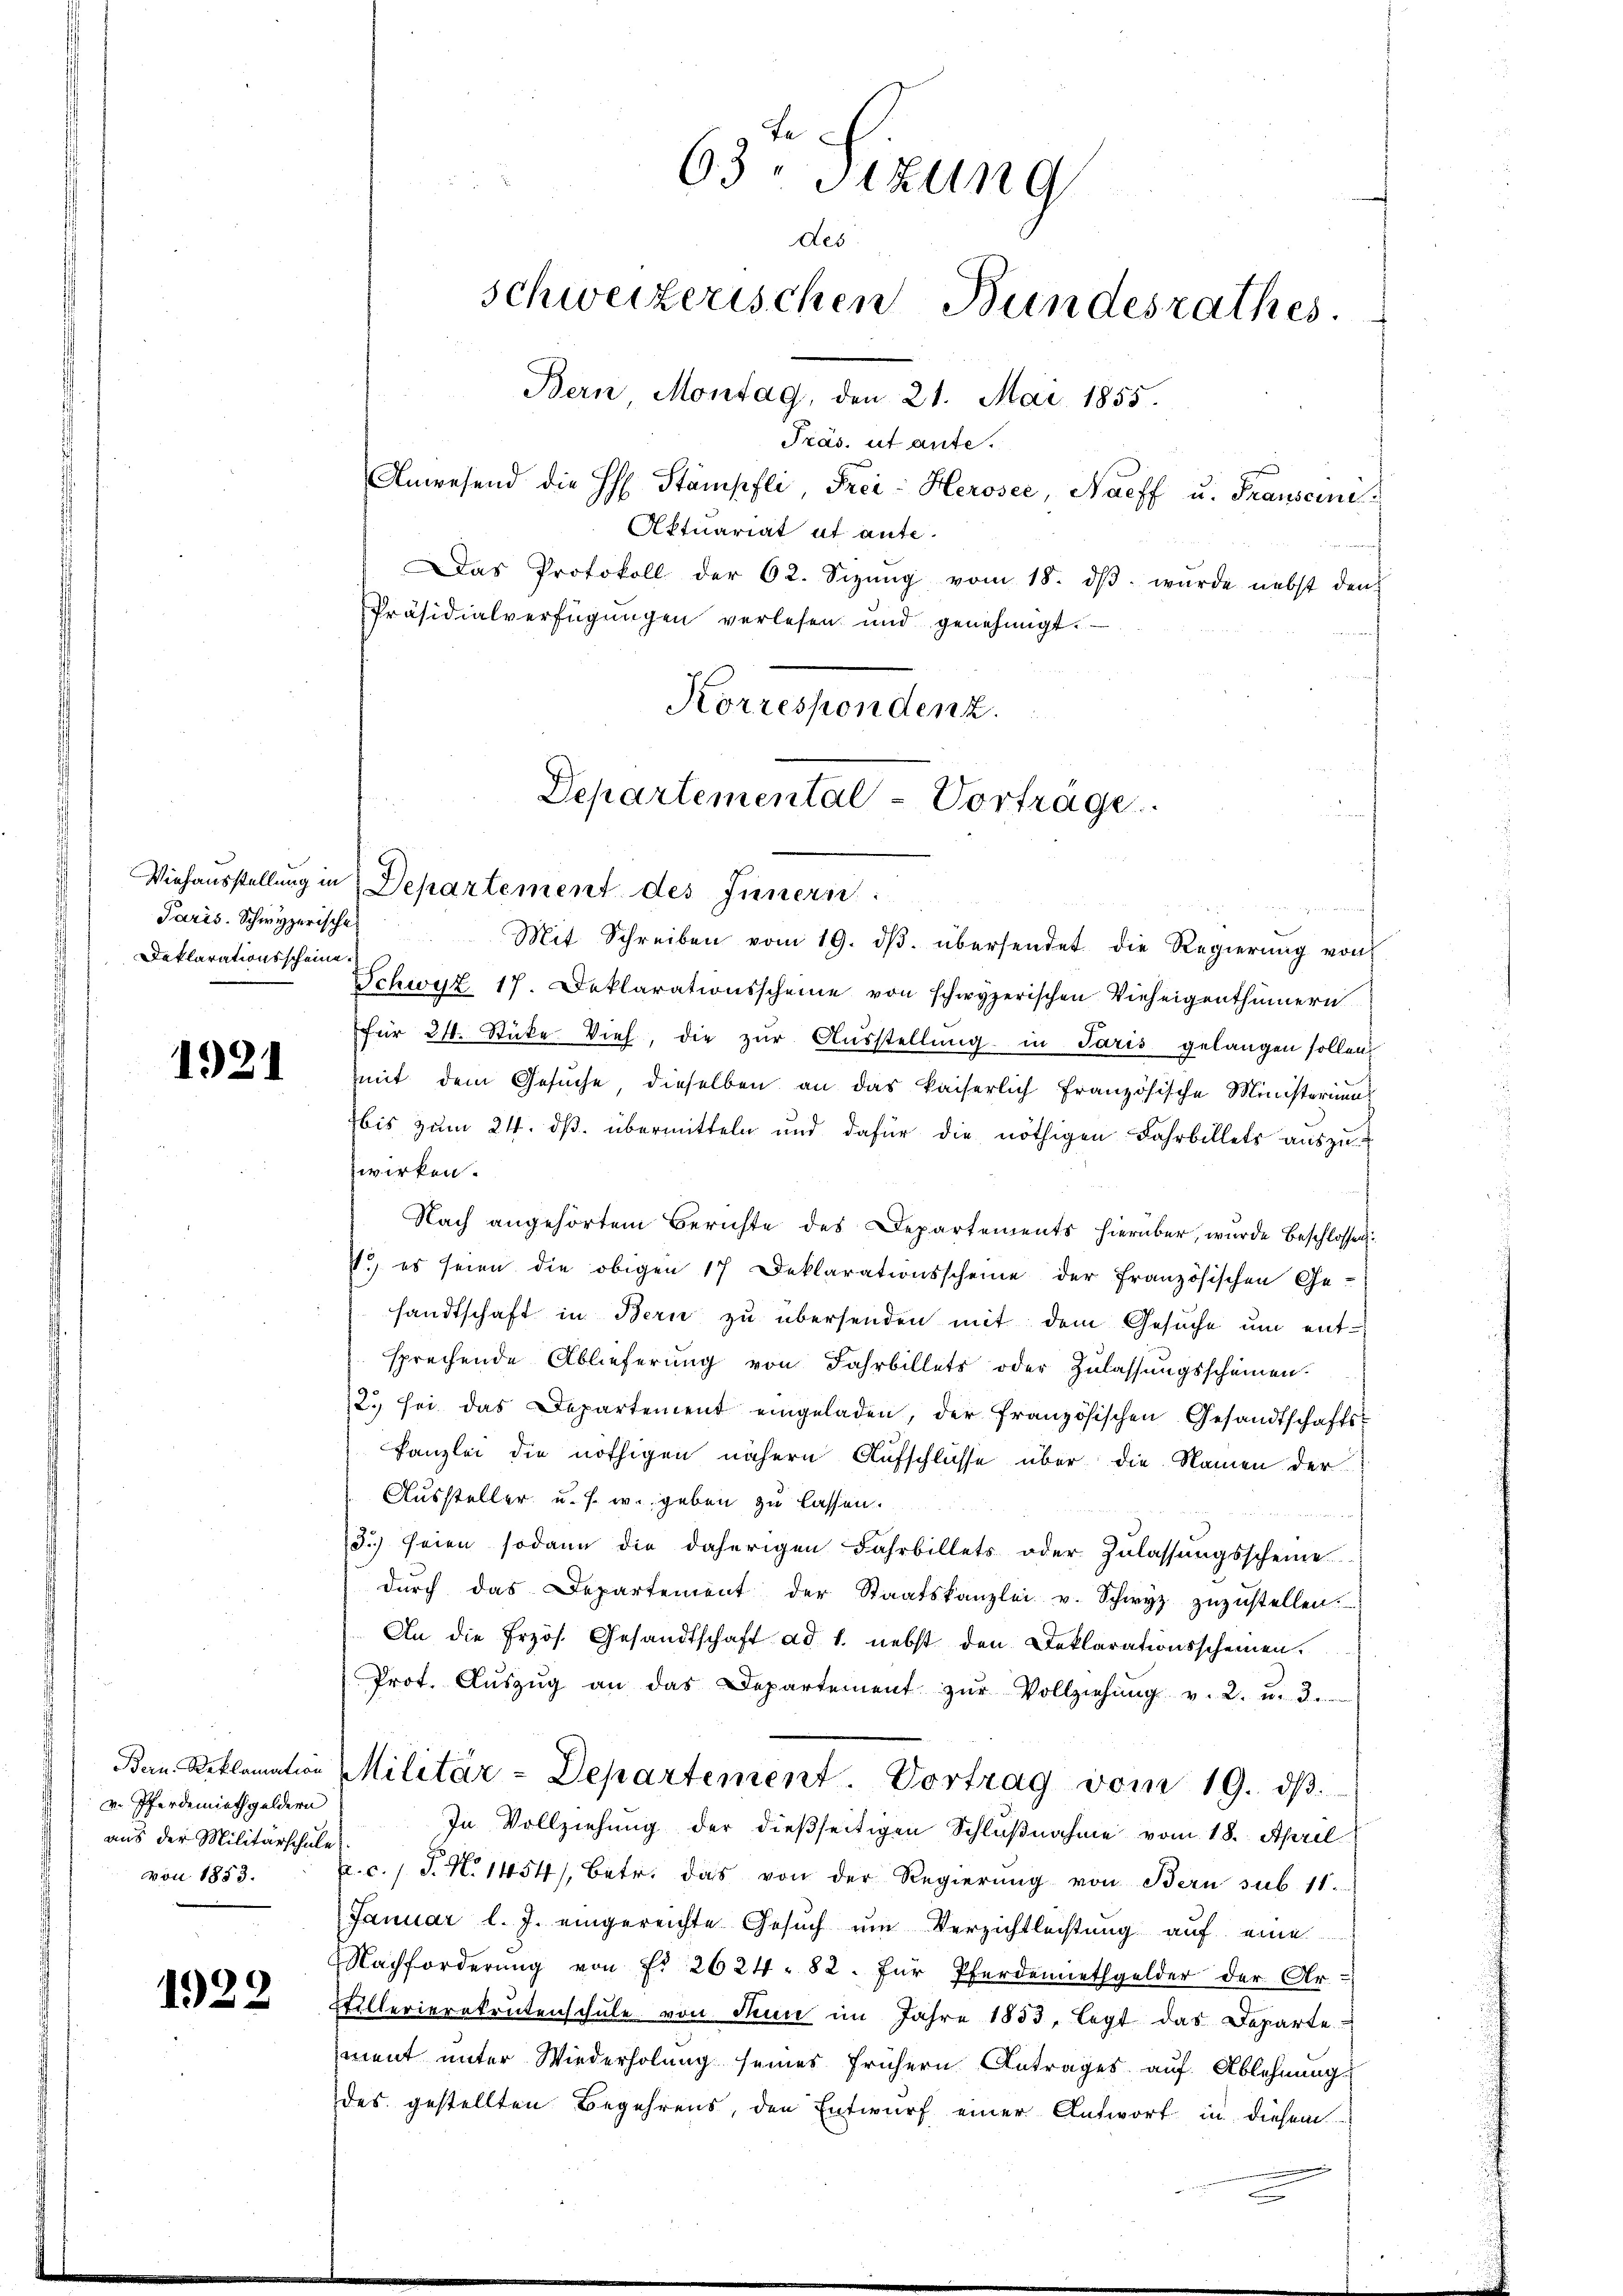
Paris. Schwyzerische
Deklarationsscheine

1921

v. Pferdemieth geldern
aus der Militärschule

1922

63. Sitzung
Des
schweizerischen Bundesrathes.
Bern Montag, den 21. Mai 1855.
Präs. ut aute.
Anwesend die H. Stämpfli, Frei-Herosee, Naeff u. Frauseine
Aktuariat et ante-
Das Protokoll der 62. Sizŭng vom 18. dβ. wurde nebst den
Präsidialverfügungen verlesen und genehmigt.

Departemental-Vorträge
Viehausstellung in Departement des Innern.

Mit Schreiben vom 19. dβ übersendet die Regierŭng von
Schwyz 17. Deklarationsscheine von schwyzerischen Vieheigenthümern
für 21. Stüke Vieh, die zŭr Aŭsstellung in Paris gelangen sollen
mit dem Gesuche, dieselben an das kaiserlich französische Ministerium
bis zum 24. ds. übermitteln und dafür die nöthigen Fahrbillets aŭszŭ-
zwirken.
Nach angehörtem Berichte des Departements hierüber, wurde Beschlossen:
1.) es seien die obigen 17 Deklarationsscheine der Französischen Ge-
sandtschaft in Bern zu übersenden mit dem Gesuche um entsprechende Ablieferung von Jahrbillets oder Zulassungsscheinen.
2. sei das Departement eingeladen, der französischen Gesandtschafts-
Kanzlei die nöthigen nähern Aufschlüsse über die Namen der
Aussteller u. s. w. geben zu lassen.
3) seien sodann die daherigen Fahrbillets oder Zulassungsscheine
dŭrch das Departement der Staatskanzlei u. Schwyz zŭzŭstellen.
An die frzös. Gesandtschaft ad 1. nebst den Deklarationsscheinen.
Prot. Aŭszŭg an das Departement zŭr Vollziehŭng v. 2. u. 3.
Ban Reklamation Militär-Departement. Vortrag vom 19. dβ.
In Vollziehung der dießseitigen Schlußnahme vom 18. April
von 1853. Er. c. J. N. 1454), betr. das von der Regierŭng von Bern sub. 11.
Januar l. J. eingereichte Gesuch um Verzichtleistung auf eine
Nachforderŭng von Fr. 2624 - 82. für Pferdernethgelder der Ar-
fillerierekrutenschule von Thun im Jahre 1853, legt das Departeiment unter Wiederholung seines frühern Antrages auf Ablehnung
des gestellten Begehrens, den Entwurf einer Antwort in diesem
n

Korrespondenz.